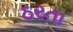
ઠરતા